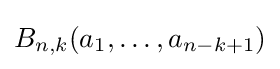
B_{n,k}(a_{1},\ldots ,a_{n-k+1})